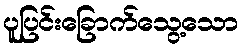
ပူပြင်းခြောက်သွေ့သော